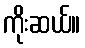
ကိုးဆယ်။